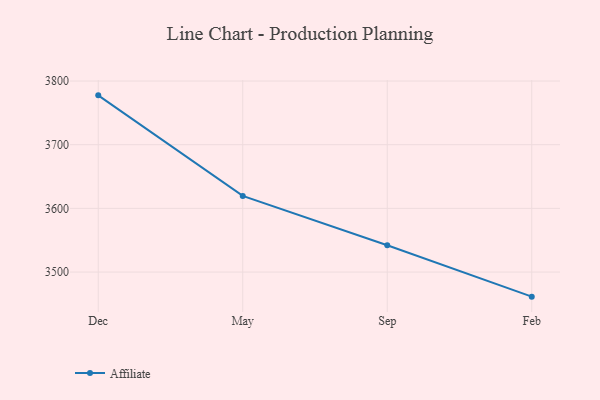
{"axis": {"x": "Month", "y": "Market Share (%)"}, "legend": ["Affiliate"], "data": [{"x": "Dec", "y": 3777.5, "type": "Affiliate"}, {"x": "May", "y": 3619.6, "type": "Affiliate"}, {"x": "Sep", "y": 3542.0, "type": "Affiliate"}, {"x": "Feb", "y": 3461.4, "type": "Affiliate"}]}